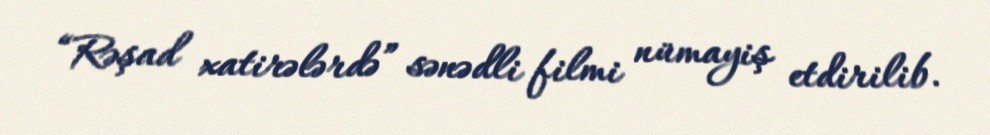
“Rəşad xatirələrdə” sənədli filmi nümayiş etdirilib.